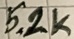
Text: 5.2K